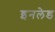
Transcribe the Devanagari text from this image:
इनलेड